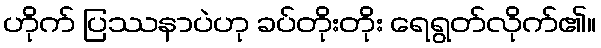
ဟိုက် ပြဿနာပဲဟု ခပ်တိုးတိုး ရေရွတ်လိုက်၏။